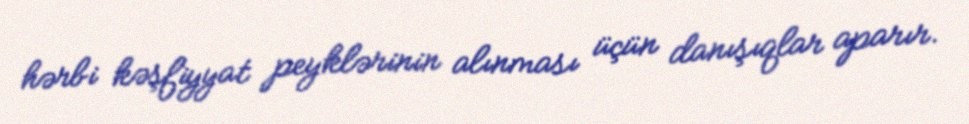
hərbi kəşfiyyat peyklərinin alınması üçün danışıqlar aparır.